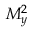
M _ { y } ^ { 2 }